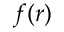
f ( r )